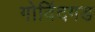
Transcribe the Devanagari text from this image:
गोविंदगड